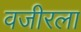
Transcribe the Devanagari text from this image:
वजीरला